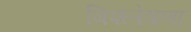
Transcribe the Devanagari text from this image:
बिश्लेषणा